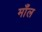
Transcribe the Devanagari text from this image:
माँल